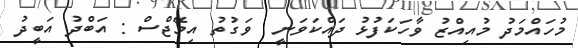
މުހައްމަދު މުއިއްޒު ވާހަކަފުޅު ދައްކަވަނީ  ވަގުތު އިމޭޖްސް : އަބްދު އަބީދު